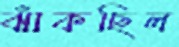
ঝাঁকছিল